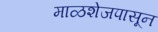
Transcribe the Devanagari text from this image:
माळशेजपासून